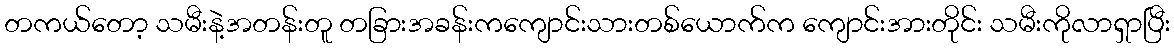
တကယ်တော့ သမီးနဲ့အတန်းတူ တခြားအခန်းကကျောင်းသားတစ်ယောက်က ကျောင်းအားတိုင်း သမီးကိုလာရှာပြီး